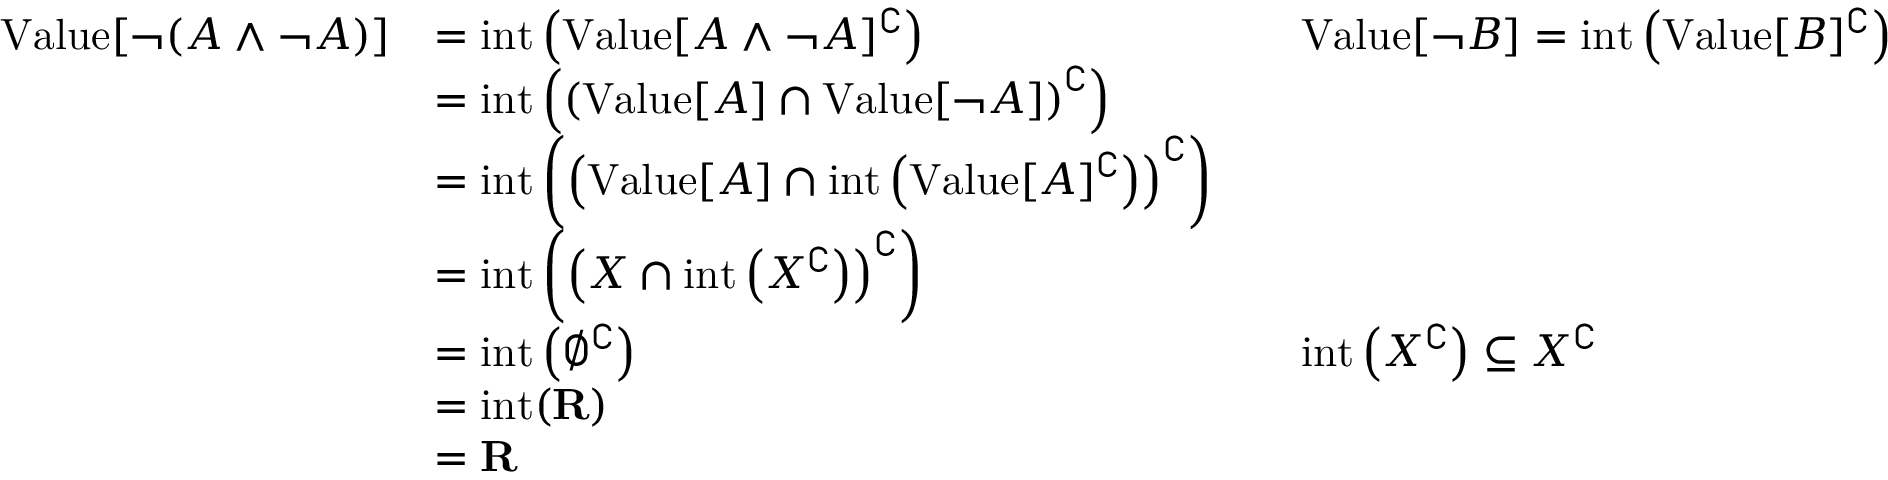
{ \begin{array} { r l r l } { { \mathrm { V a l u e } } [ \neg ( A \land \neg A ) ] } & { = { \mathrm { i n t } } \left( { \mathrm { V a l u e } } [ A \land \neg A ] ^ { \complement } \right) } & & { { \mathrm { V a l u e } } [ \neg B ] = { \mathrm { i n t } } \left( { \mathrm { V a l u e } } [ B ] ^ { \complement } \right) } \\ & { = { \mathrm { i n t } } \left( \left( { \mathrm { V a l u e } } [ A ] \cap { \mathrm { V a l u e } } [ \neg A ] \right) ^ { \complement } \right) } \\ & { = { \mathrm { i n t } } \left( \left( { \mathrm { V a l u e } } [ A ] \cap { \mathrm { i n t } } \left( { \mathrm { V a l u e } } [ A ] ^ { \complement } \right) \right) ^ { \complement } \right) } \\ & { = { \mathrm { i n t } } \left( \left( X \cap { \mathrm { i n t } } \left( X ^ { \complement } \right) \right) ^ { \complement } \right) } \\ & { = { \mathrm { i n t } } \left( \emptyset ^ { \complement } \right) } & & { { \mathrm { i n t } } \left( X ^ { \complement } \right) \subseteq X ^ { \complement } } \\ & { = { \mathrm { i n t } } ( \mathbf { R } ) } \\ & { = \mathbf { R } } \end{array} }